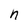
Character: n